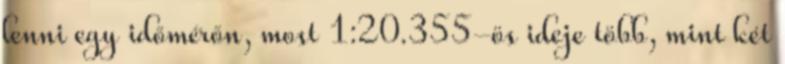
lenni egy időmérőn, most 1:20.355-ös ideje több, mint két